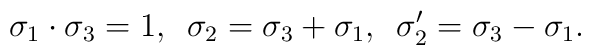
\sigma _1 \cdot\sigma _3 =1,\enspace\sigma _2 =\sigma _3+\sigma _1,\enspace\sigma _2'=\sigma _3 - \sigma _1.